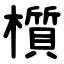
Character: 櫍